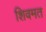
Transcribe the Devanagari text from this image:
शिवमत